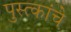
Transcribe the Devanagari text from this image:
पुस्त्कांचे